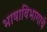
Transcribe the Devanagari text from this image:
भाषाविभागाचे